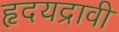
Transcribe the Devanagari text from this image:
हृदयद्रावी